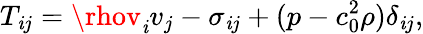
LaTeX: T_{\mathit{i}j}=\rhov_{\mathit{i}}v_{j}-\sigma_{\mathit{i}j}+(p-c_{0}^{2}\rho)\delta_{\mathit{i}j},